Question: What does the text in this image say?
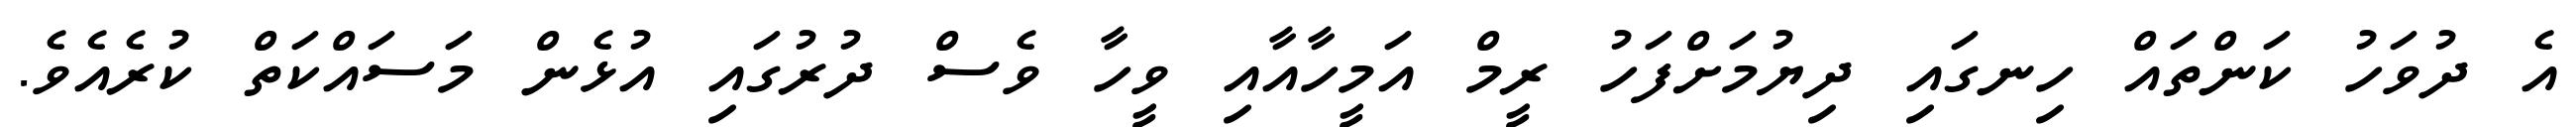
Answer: އެ ދުވަހު ކަންތައް ހިނގައި ދިޔުމަށްފަހު ރީމް އަމީހާއާއި ވީހާ ވެސް ދުރުގައި އުޅެން މަސައްކަތް ކުރެއެވެ.